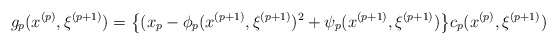
\begin{align*}g_p(x^{(p)}, \xi^{(p+1)})=\big\{(x_p-\phi_p(x^{(p+1)}, \xi^{(p+1)})^2+\psi_p(x^{(p+1)}, \xi^{(p+1)})\big\}c_p(x^{(p)}, \xi^{(p+1)})\end{align*}